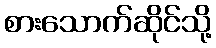
စားသောက်ဆိုင်သို့